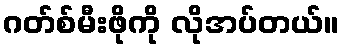
ဂတ်စ်မီးဖိုကို လိုအပ်တယ်။